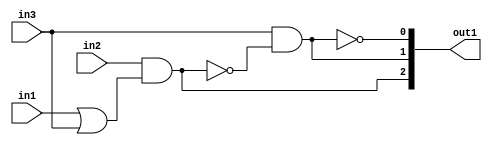
`timescale 1ps / 1ps
/*****************************************************************************
    Verilog RTL Description
    
    
    Created by: Stratus DpOpt 2019.1.01 
*******************************************************************************/

module GauFilter_gen_busy_r_4 (
	in1,
	in2,
	in3,
	out1
	); /* architecture "behavioural" */ 
input  in1,
	in2,
	in3;
output [2:0] out1;
wire  asc004,
	asc005,
	asc007,
	asc009;
wire [2:0] asc010;

assign asc005 = 
	(in1)
	|(in3);

assign asc004 = 
	(in2)
	&(asc005);

assign asc007 = 
	(in3)
	&((~asc004));

assign asc009 = 
	((~asc007));

assign asc010 = {asc004,asc007,asc009};

assign out1 = asc010;
endmodule

/* CADENCE  uLjwSA4= : u9/ySgnWtBlWxVPRXgAZ4Og= ** DO NOT EDIT THIS LINE ******/